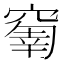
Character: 𥧗